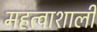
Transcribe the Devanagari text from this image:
महत्वाशाली